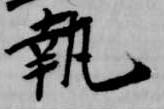
執